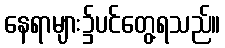
နေရာများ၌ပင်တွေ့ရသည်။